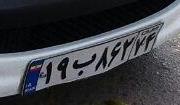
۱۹ب۸۶۲۷۴